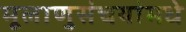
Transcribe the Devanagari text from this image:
मूलाणुसंचयांमधे